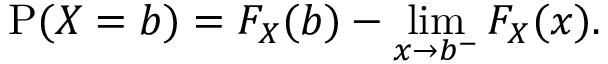
\operatorname { P } ( X = b ) = F _ { X } ( b ) - \operatorname* { l i m } _ { x \to b ^ { - } } F _ { X } ( x ) .